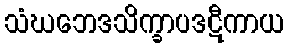
သံဃဘေဒသိက္ခာပဒဋီကာယ